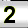
Digit: 2